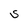
Character: S